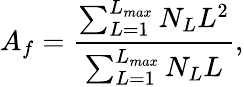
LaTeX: A_{f}=\frac{\sum_{L=1}^{L_{max}}N_{L}L^{2}}{\sum_{L=1}^{L_{max}}N_{L}L},